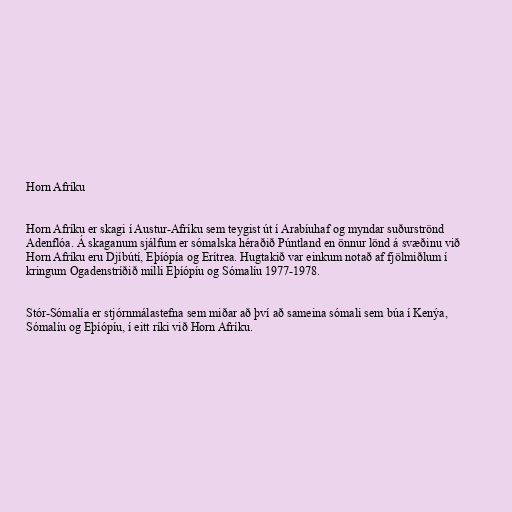
Horn Afríku

Horn Afríku er skagi í Austur-Afríku sem teygist út í Arabíuhaf og myndar suðurströnd
Adenflóa. Á skaganum sjálfum er sómalska héraðið Púntland en önnur lönd á svæðinu við
Horn Afríku eru Djíbútí, Eþíópía og Erítrea. Hugtakið var einkum notað af fjölmiðlum í
kringum Ogadenstríðið milli Eþíópíu og Sómalíu 1977-1978.

Stór-Sómalía er stjórnmálastefna sem miðar að því að sameina sómali sem búa í Kenýa,
Sómalíu og Eþíópíu, í eitt ríki við Horn Afríku.